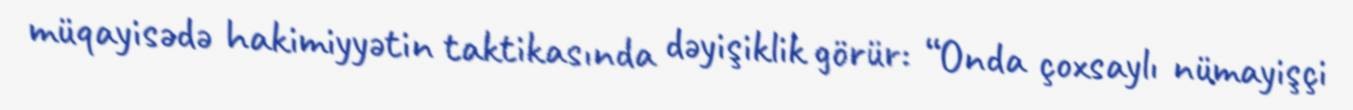
müqayisədə hakimiyyətin taktikasında dəyişiklik görür: “Onda çoxsaylı nümayişçi